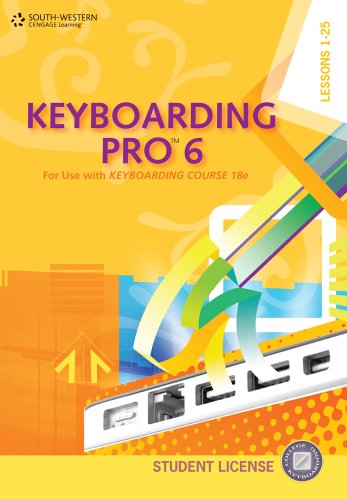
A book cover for Keyboarding Pro 6, Student License (with User Guide and CD-ROM); Susie VanHuss; Business & Money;